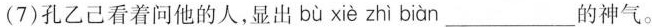
(7)孔乙己看着问他的人，显出 bù xiè zhì biàn___的神气。